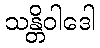
သန္တိဝါဒေါ